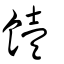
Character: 饐